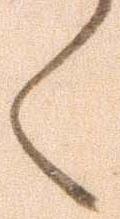
く